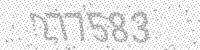
Solution: 277583